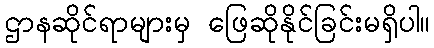
ဌာနဆိုင်ရာများမှ ဖြေဆိုနိုင်ခြင်းမရှိပါ။